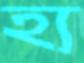
হ্য